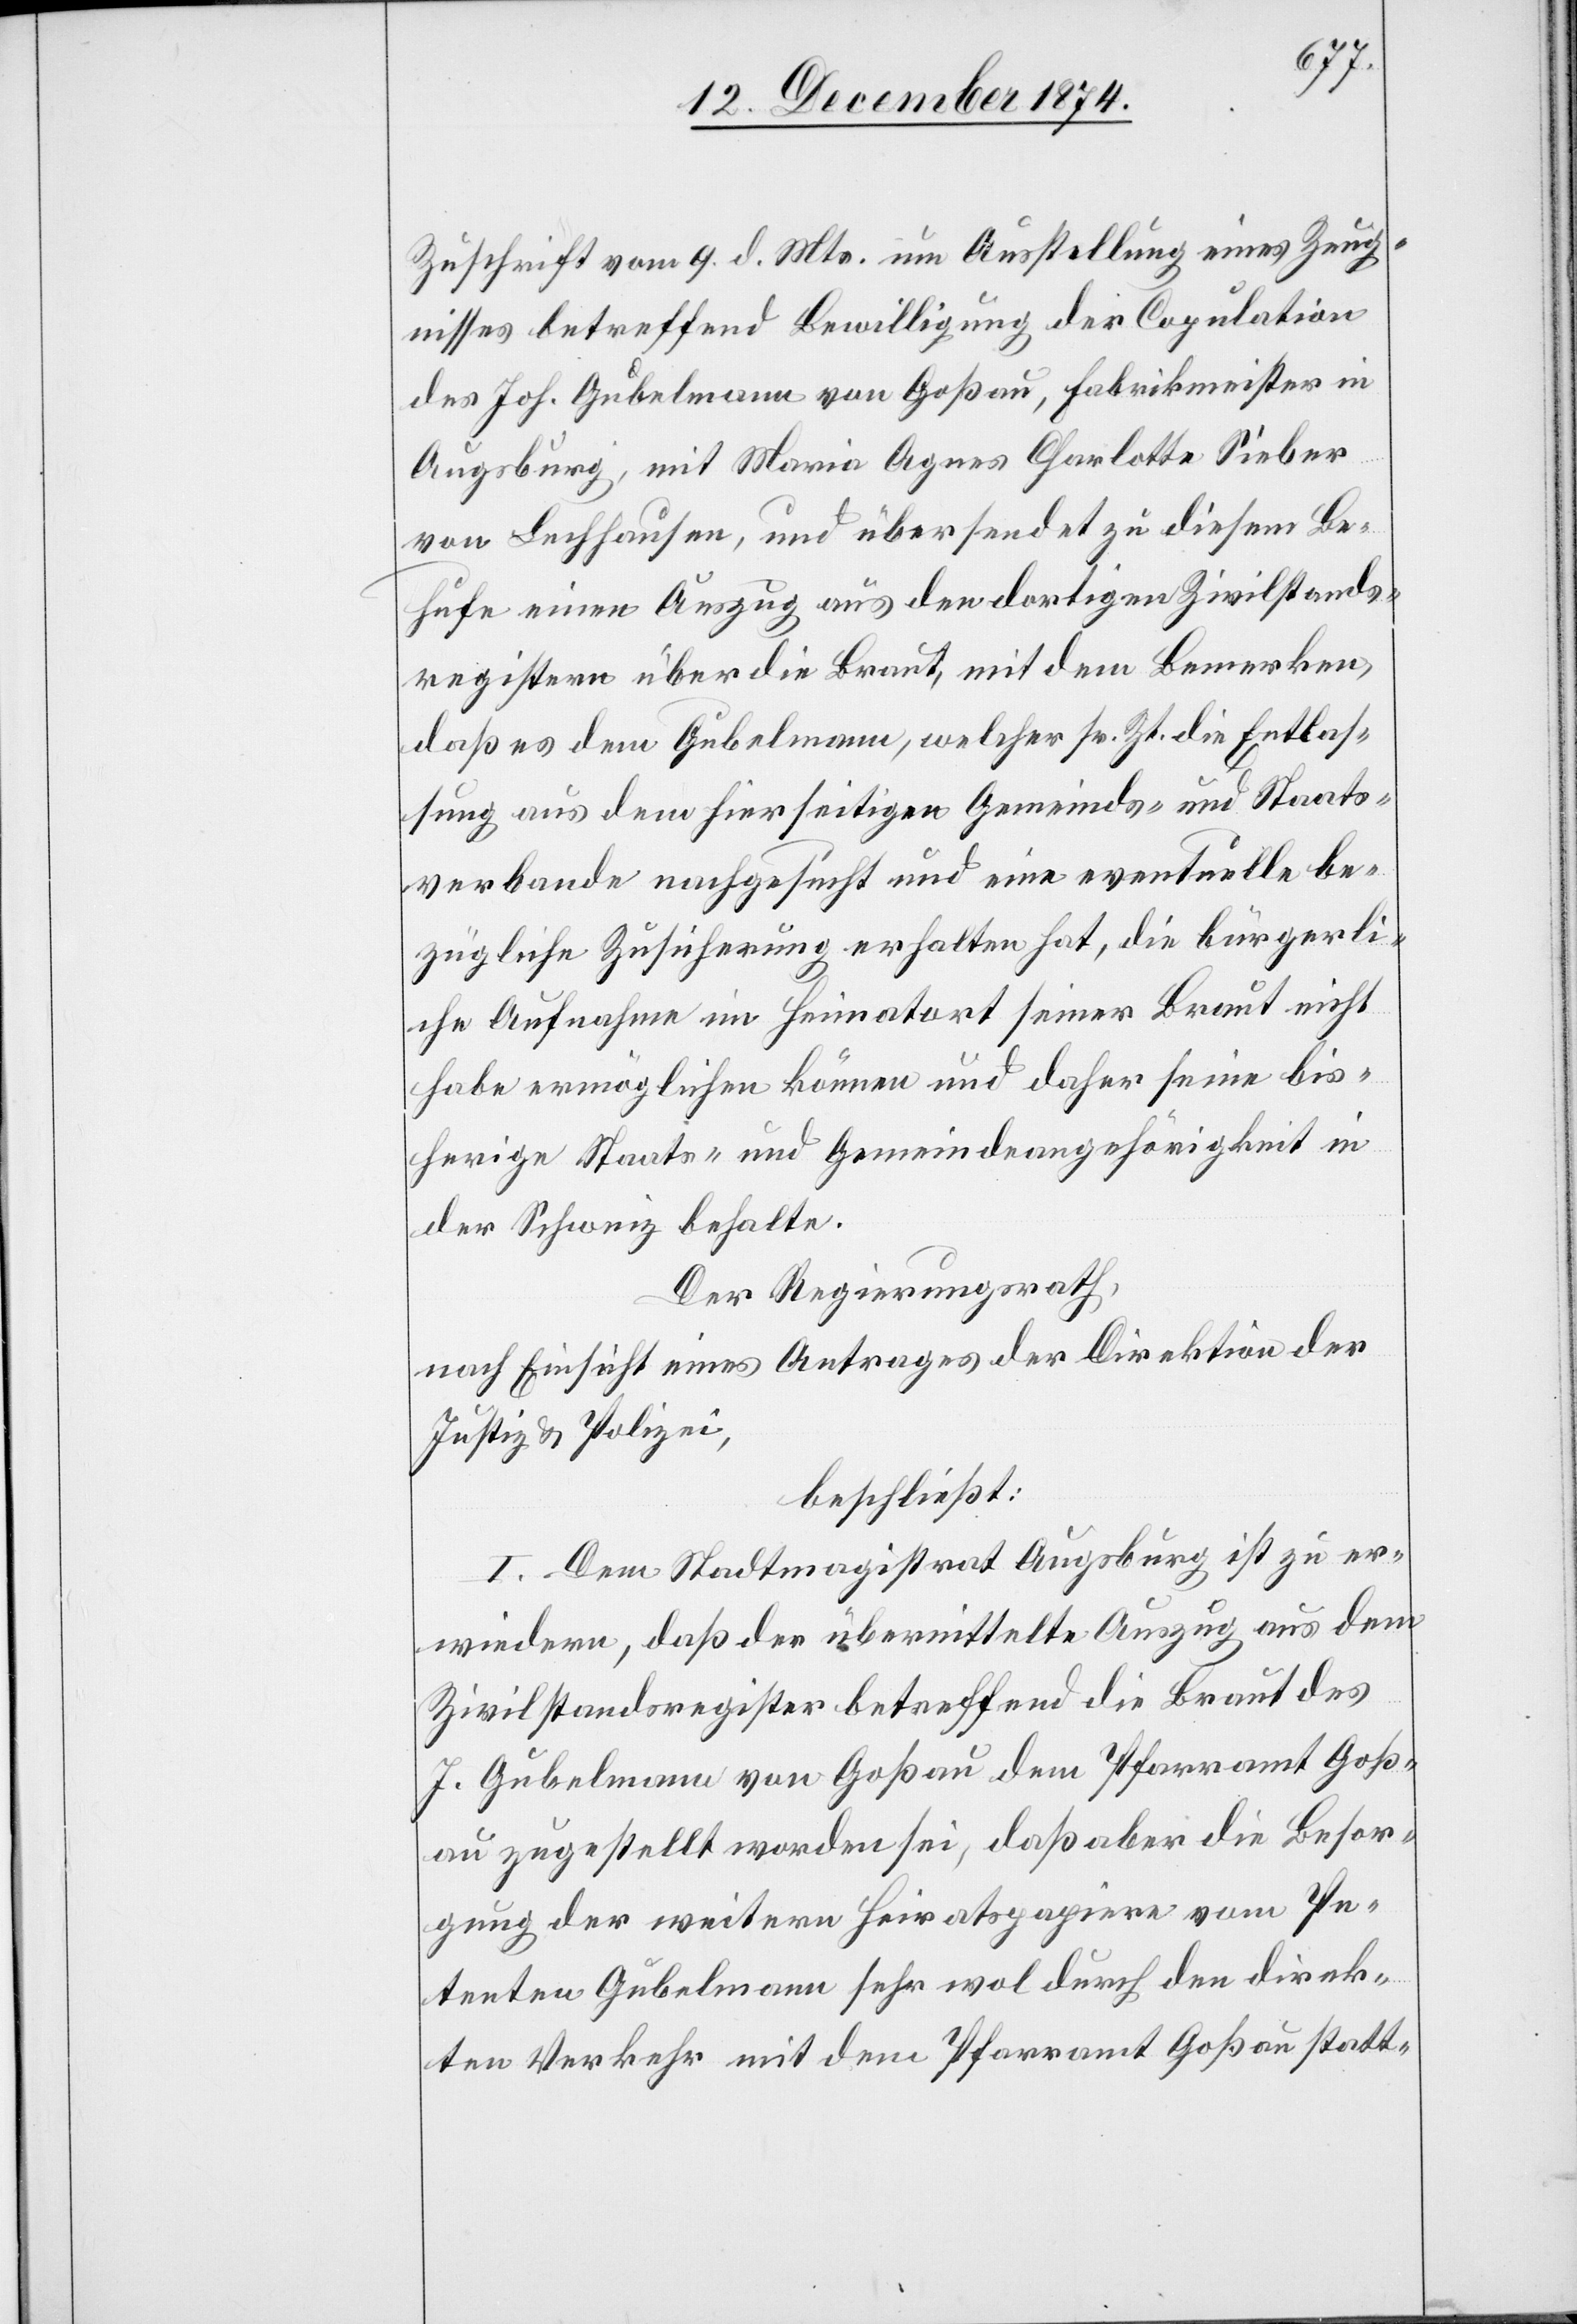
Zuschrift vom 9. d. Mts. um Ausstellung eines Zeug¬
nisses betreffend Bewilligung der Copulation
des Joh. Gubelmann von Goßau, Fabrikmeister in
Augsburg, mit Maria Agnes Charlotte Sieber
von Lechhausen, und übersendet zu diesem Be¬
hufe einen Auszug aus den dortigen Zivilstands¬
registern über die Braut, mit dem Bemerken,
daß es dem Gubelmann, welcher sr. Zt. die Entlas¬
sung aus dem hierseitigen Gemeinds- und Staats¬
verbande nachgesucht und eine eventuelle be¬
zügliche Zusicherung erhalten hat, die bürgerli¬
che Aufnahme im Heimatort seiner Braut nicht
habe ermöglichen können und daher seine bis¬
herige Staats- und Gemeindsgehörigkeit in
der Schweiz behalte.
Der Regierungsrath,
nach Einsicht eines Antrages der Direktion der
Justiz & Polizei,
beschließt:
I. Dem Stadtmagistrat Augsburg ist zu er¬
wiedern, daß der übermittelte Auszug aus dem
Zivilstandsregister betreffend die Braut des
J. Gubelmann von Goßau dem Pfarramt Goß¬
au zugestellt worden sei, daß aber die Besor¬
gung der weitern Heiratspapiere vom Pe¬
tenten Gubelmann sehr wol durch den direk¬
ten Verkehr mit dem Pfarramt Goßau statt-